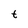
Character: t